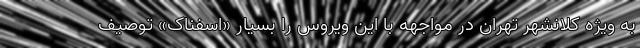
به ویژه کلانشهر تهران در مواجهه با این ویروس را بسیار «اسفناک» توصیف